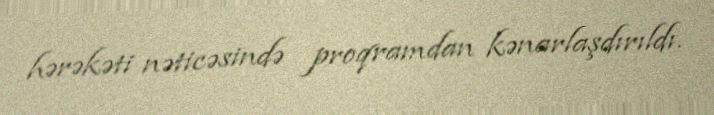
hərəkəti nəticəsində proqramdan kənarlaşdırıldı.